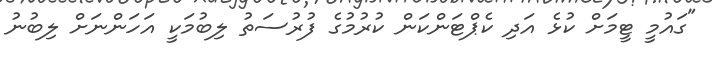
"ގައުމީ ޓީމަށް ކުޅެ އަދި ކެޕްޓަންކަން ކުރުމުގެ ފުރުސަތު ލިބުމަކީ އަހަންނަށް ލިބުނު